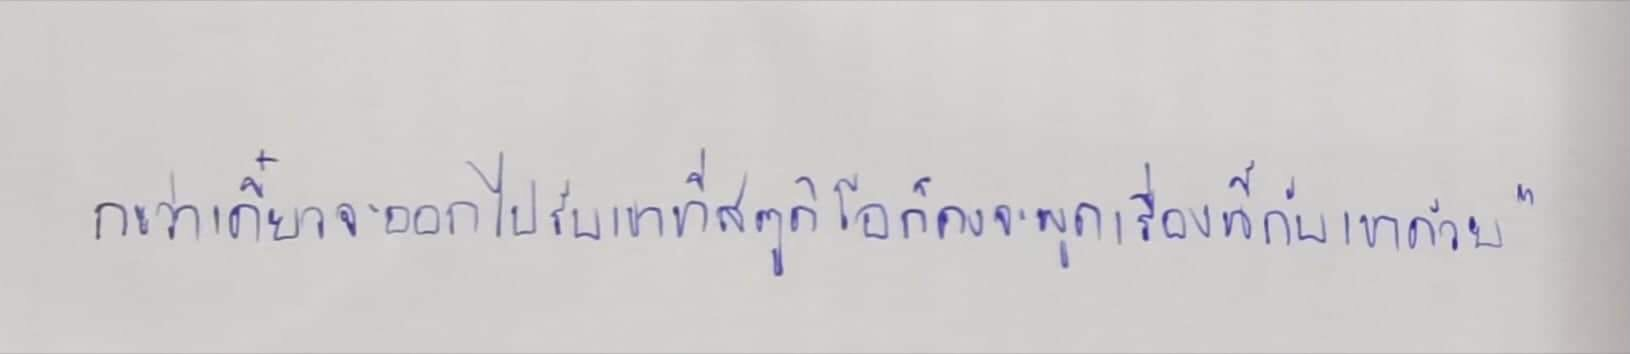
กะว่าเดี๋ยวจะออกไปรับเขาที่สตูดิโอก็คงจะพูดเรื่องนี้กับเขาด้วย"